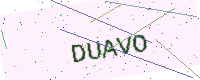
Text: DUAVO